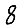
Digit: 8